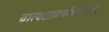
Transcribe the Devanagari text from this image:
व्रात्यताप्रायश्चित्तनिर्णय